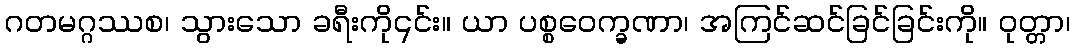
ဂတမဂ္ဂဿစ၊ သွားသော ခရီးကို၎င်း။ ယာ ပစ္စဝေက္ခဏာ၊ အကြင်ဆင်ခြင်ခြင်းကို။ ဝုတ္တာ၊